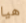
هيا